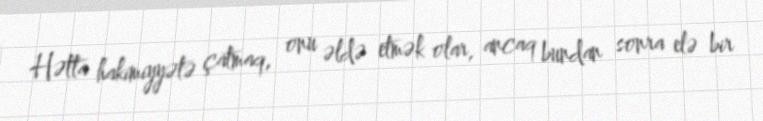
Hətta hakimiyyətə çatmaq, onu əldə etmək olar, ancaq bundan sonra elə bir